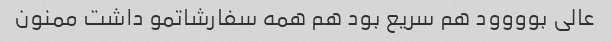
عالی بوووود هم سریع بود هم همه سفارشاتمو داشت ممنون